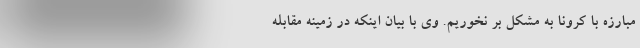
مبارزه با کرونا به مشکل بر نخوریم. وی با بیان اینکه در زمینه مقابله